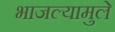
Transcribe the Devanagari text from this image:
भाजल्यामुले